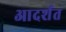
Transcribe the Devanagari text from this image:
आदर्शत